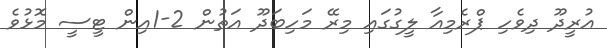
އުރީދޫ ދިވެހި ޕްރެމިއާ ލީގުގައި މިރޭ މަހިބަދޫ އަތުން 2-1އިން ޓީސީ މޮޅުވެ